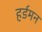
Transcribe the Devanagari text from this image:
हर्डमन